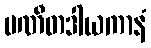
ပဏီတဒါယကာနံ